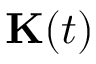
\mathbf { K } ( t )